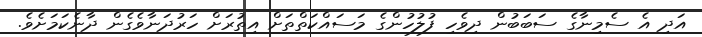
އަދި އެ ސެމިނާގެ ސަބަބުން ދިވެހި ފުލުހުންގެ މަސައްކަތްތަށް އިތުރަށް ހަރުދަނާވެގެން ދާނެކަމަށެވެ.